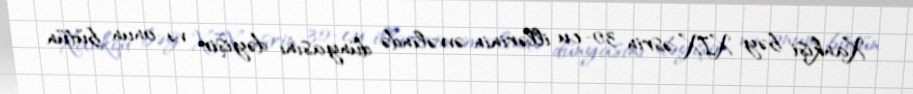
Xankişi bəy XIX əsrin 30-cu illərinin əvvəlində dünyasını dəyişir və onun bütün